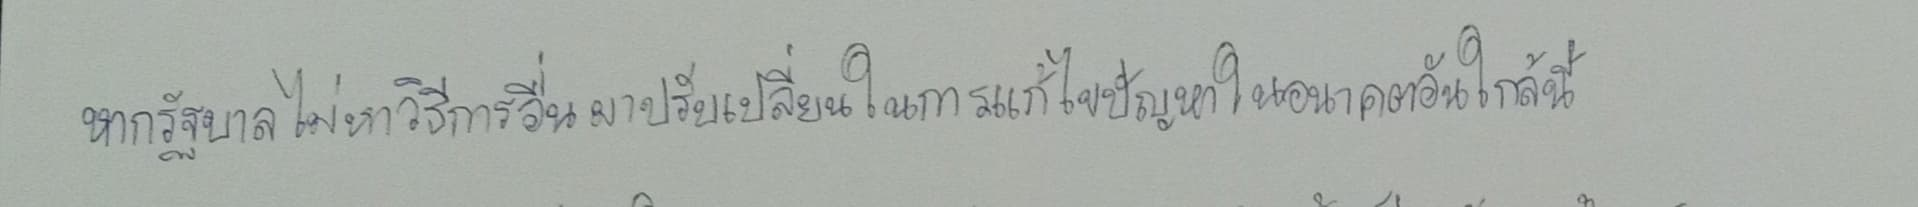
หากรัฐบาลไม่หาวิธีการอื่นมาปรับเปลี่ยนในการแก้ไขปัญหาในอนาคตอันใกล้นี้